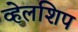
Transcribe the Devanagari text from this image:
व्हेलशिप